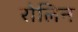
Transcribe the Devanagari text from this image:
रोलिन